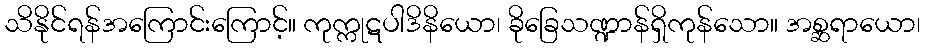
သိနိုင်ရန်အကြောင်းကြောင့်။ ကုက္ကုဋပါဒိနိယော၊ ခိုခြေသဏ္ဍာန်ရှိကုန်သော။ အစ္ဆရာယော၊